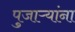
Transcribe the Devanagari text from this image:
पुजाऱ्यांना